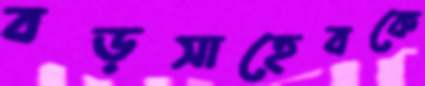
বড়সাহেবকে